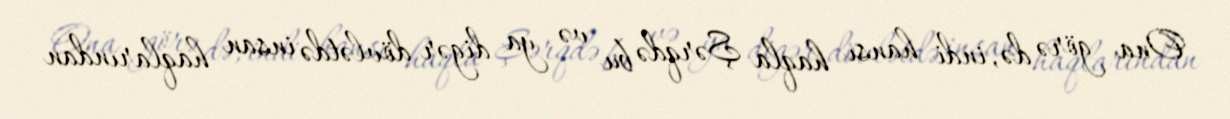
Ona görə də, indi hansı haqla Şərqdə bu və ya digər dövlətdə insan haqlarından